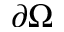
\partial \Omega